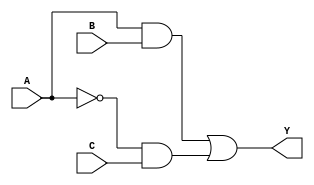
module sop_circuit (
    input wire A,    // Input A
    input wire B,    // Input B
    input wire C,    // Input C
    output wire Y    // Output Y
);

// Internal wires for product terms
wire A_and_B;          // A AND B
wire not_A_and_C;     // NOT A AND C

// Logic implementation
assign A_and_B = A & B;            // AND gate for A and B
assign not_A_and_C = ~A & C;       // AND gate for NOT A and C

assign Y = A_and_B | not_A_and_C;  // OR gate for the final output

endmodule